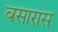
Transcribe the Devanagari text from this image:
बसारास